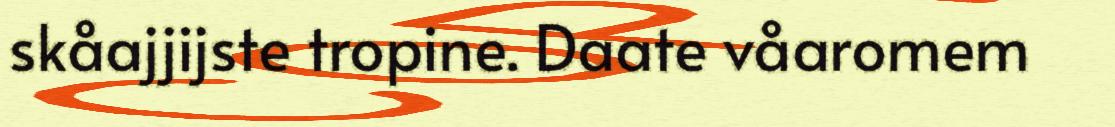
skåajjijste tropine. Daate våaromem